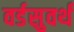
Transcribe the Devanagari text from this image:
वर्डसुवर्थ